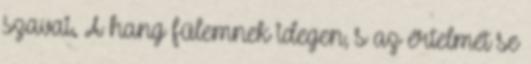
szavai. A hang fülemnek idegen, s az értelmét se